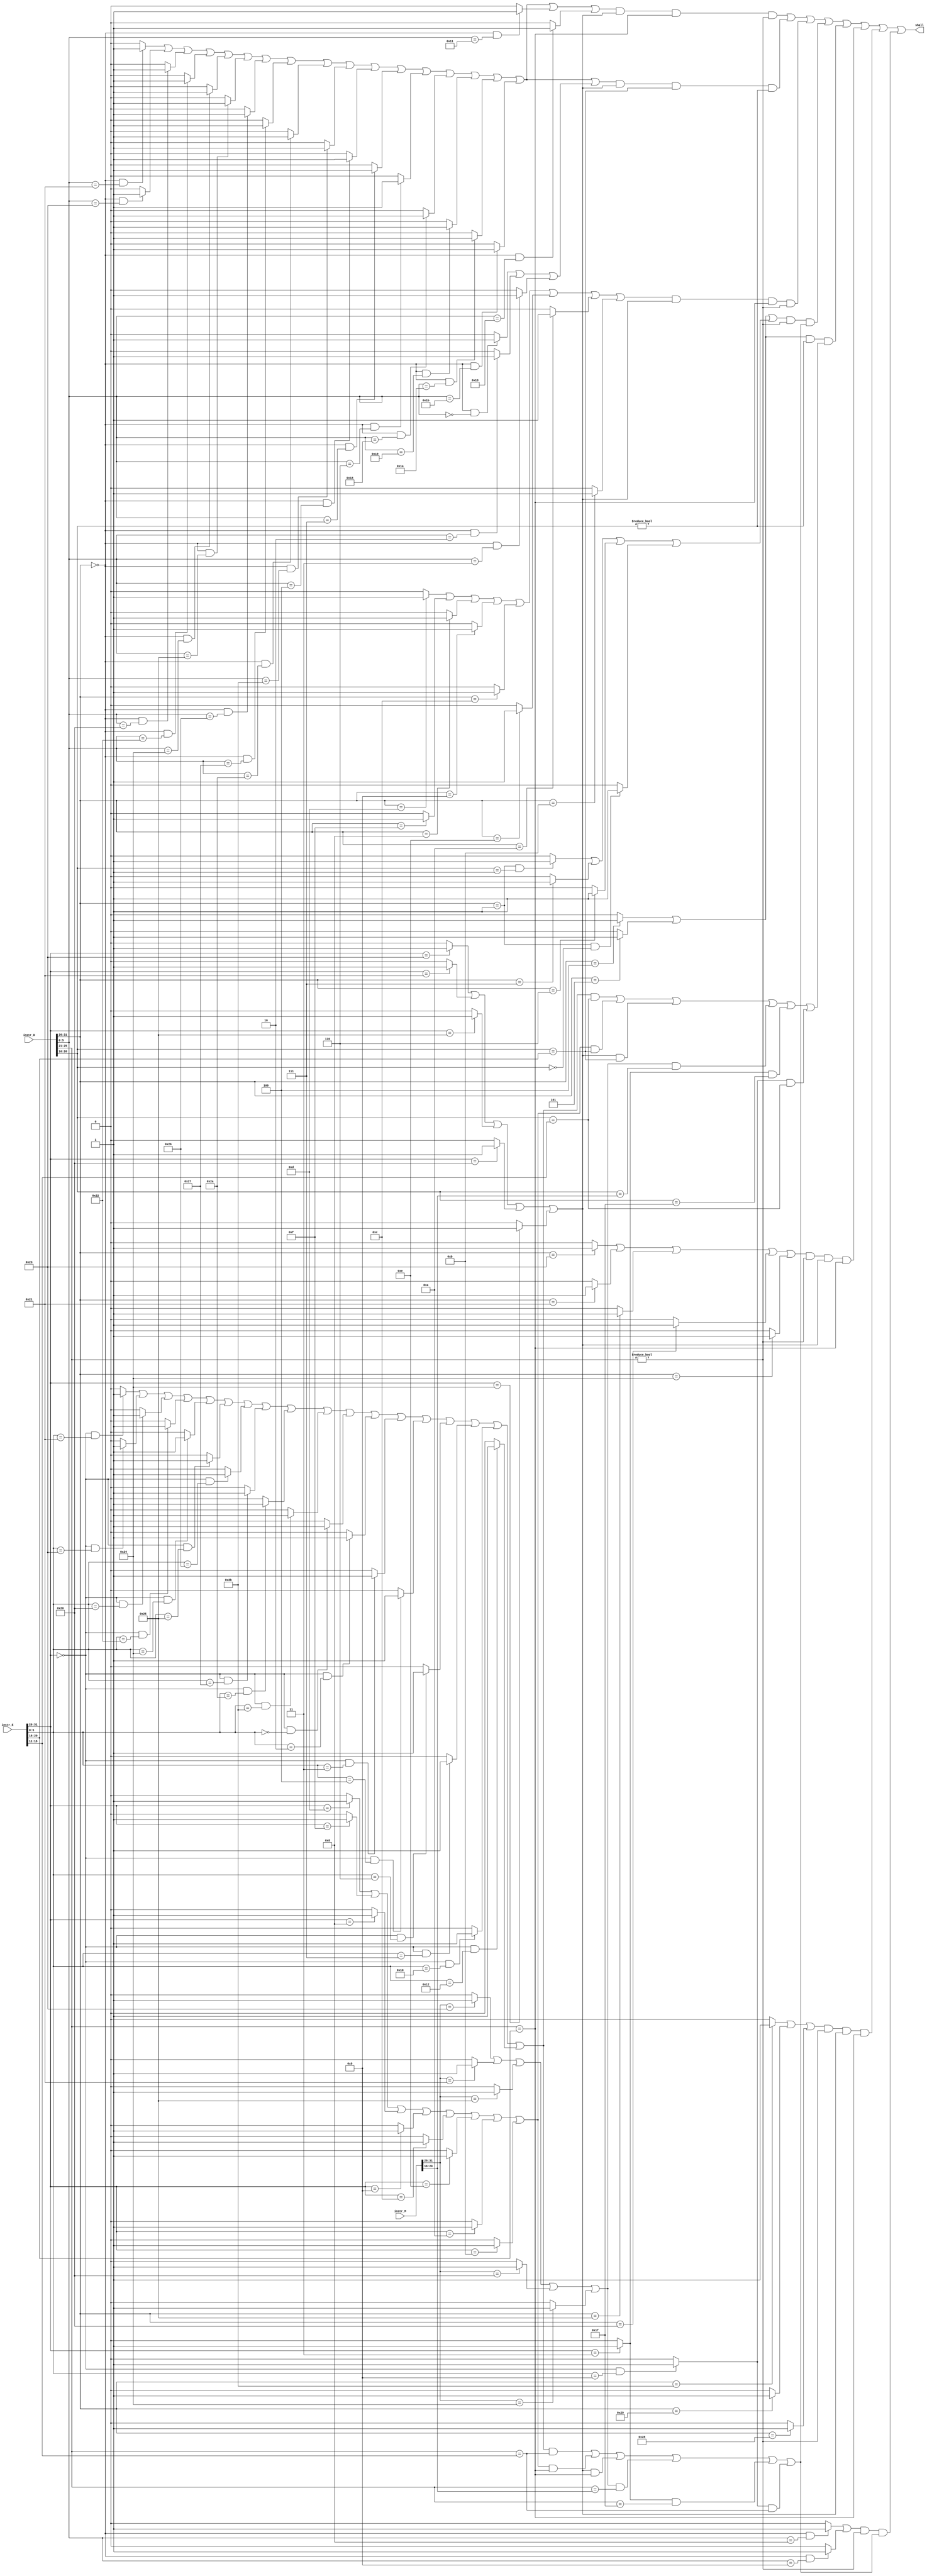
`timescale 1ns / 1ps
//////////////////////////////////////////////////////////////////////////////////
// Company: 
// Engineer: 
// 
// Design Name: 
// Module Name:    Stall 
// Project Name: 
// Target Devices: 
// Tool versions: 
// Description: 
//
// Dependencies: 
//
// Revision: 
// Revision 0.01 - File Created
// Additional Comments: 
//
//////////////////////////////////////////////////////////////////////////////////
`define op 31:26
`define func 5:0
`define rs 25:21
`define rt 20:16
`define rd 15:11

module Stall(
	 input [31:0] instr_D,
	 input [31:0] instr_E,
	 input [31:0] instr_M,
	 output shall
    );
	 
	 wire addu_D,subu_D,add_D,sub_D,sll_D,srl_D,sra_D,sllv_D,srlv_D,srav_D,AND_D,OR_D,XOR_D,NOR_D,slt_D,sltu_D;
	 wire ori_D,lui_D,addi_D,addiu_D,andi_D,xori_D,slti_D,sltiu_D;
	 wire lw_D,sw_D,sh_D,sb_D,lh_D,lhu_D,lb_D,lbu_D;
	 wire jr_D,jalr_D;
	 wire beq_D,bne_D,bgez_D,bgtz_D,blez_D,bltz_D;
	 wire mult_D,multu_D,div_D,divu_D,mthi_D,mtlo_D;
	 
	 wire addu_E,subu_E,add_E,sub_E,sll_E,srl_E,sra_E,sllv_E,srlv_E,srav_E,AND_E,OR_E,XOR_E,NOR_E,slt_E,sltu_E;
	 wire ori_E,lui_E,addi_E,addiu_E,andi_E,xori_E,slti_E,sltiu_E;
	 wire lw_E,lh_E,lhu_E,lb_E,lbu_E;
	 wire jal_E,jalr_E;
	 wire mfhi_E,mflo_E;
	
	 wire lw_M,lh_M,lhu_M,lb_M,lbu_M;
	 ////
	 assign addu_D=((instr_D[`op]==6'b0)&&(instr_D[`func]==6'b100001))?1'b1:1'b0;
	 assign subu_D=((instr_D[`op]==6'b0)&&(instr_D[`func]==6'b100011))?1'b1:1'b0;
	 assign add_D=((instr_D[`op]==6'b0)&&(instr_D[`func]==6'b100000))?1'b1:1'b0;
	 assign sub_D=((instr_D[`op]==6'b0)&&(instr_D[`func]==6'b100010))?1'b1:1'b0;
	 assign sll_D=((instr_D[`op]==6'b0)&&(instr_D[`func]==6'b000000))?1'b1:1'b0;
	 assign srl_D=((instr_D[`op]==6'b0)&&(instr_D[`func]==6'b000010))?1'b1:1'b0;
	 assign sra_D=((instr_D[`op]==6'b0)&&(instr_D[`func]==6'b000011))?1'b1:1'b0;
	 assign sllv_D=((instr_D[`op]==6'b0)&&(instr_D[`func]==6'b000100))?1'b1:1'b0;
	 assign srlv_D=((instr_D[`op]==6'b0)&&(instr_D[`func]==6'b000110))?1'b1:1'b0;
	 assign srav_D=((instr_D[`op]==6'b0)&&(instr_D[`func]==6'b000111))?1'b1:1'b0;
	 assign AND_D=((instr_D[`op]==6'b0)&&(instr_D[`func]==6'b100100))?1'b1:1'b0;
	 assign OR_D=((instr_D[`op]==6'b0)&&(instr_D[`func]==6'b100101))?1'b1:1'b0;
	 assign XOR_D=((instr_D[`op]==6'b0)&&(instr_D[`func]==6'b100110))?1'b1:1'b0;
	 assign NOR_D=((instr_D[`op]==6'b0)&&(instr_D[`func]==6'b100111))?1'b1:1'b0;
	 assign slt_D=((instr_D[`op]==6'b0)&&(instr_D[`func]==6'b101010))?1'b1:1'b0;
	 assign sltu_D=((instr_D[`op]==6'b0)&&(instr_D[`func]==6'b101011))?1'b1:1'b0;

	 assign ori_D=(instr_D[`op]==6'b001101)?1'b1:1'b0;
	 assign lui_D=(instr_D[`op]==6'b001111)?1'b1:1'b0;
	 assign addi_D=(instr_D[`op]==6'b001000)?1'b1:1'b0;
	 assign addiu_D=(instr_D[`op]==6'b001001)?1'b1:1'b0;
	 assign andi_D=(instr_D[`op]==6'b001100)?1'b1:1'b0;
	 assign xori_D=(instr_D[`op]==6'b001110)?1'b1:1'b0;
	 assign slti_D=(instr_D[`op]==6'b001010)?1'b1:1'b0;
	 assign sltiu_D=(instr_D[`op]==6'b001011)?1'b1:1'b0;
	 
	 assign jr_D=((instr_D[`op]==6'b0)&&(instr_D[`func]==6'b001000))?1'b1:1'b0;
	 assign jalr_D=((instr_D[`op]==6'b0)&&(instr_D[`func]==6'b001001))?1'b1:1'b0;

	 assign lw_D=(instr_D[`op]==6'b100011)?1'b1:1'b0;
	 assign sw_D=(instr_D[`op]==6'b101011)?1'b1:1'b0;
	 assign sh_D=(instr_D[`op]==6'b101001)?1'b1:1'b0;
	 assign sb_D=(instr_D[`op]==6'b101000)?1'b1:1'b0;
	 assign lh_D=(instr_D[`op]==6'b100001)?1'b1:1'b0;
	 assign lhu_D=(instr_D[`op]==6'b100101)?1'b1:1'b0;
	 assign lb_D=(instr_D[`op]==6'b100000)?1'b1:1'b0;
	 assign lbu_D=(instr_D[`op]==6'b100100)?1'b1:1'b0;
	 
	 assign beq_D=(instr_D[`op]==6'b000100)?1'b1:1'b0;
	 assign bne_D=(instr_D[`op]==6'b000101)?1'b1:1'b0;
	 assign bgez_D=((instr_D[`op]==6'b000001)&&(instr_D[20:16]==5'b00001))?1'b1:1'b0;
	 assign bgtz_D=(instr_D[`op]==6'b000111)?1'b1:1'b0;
	 assign blez_D=(instr_D[`op]==6'b000110)?1'b1:1'b0;
	 assign bltz_D=((instr_D[`op]==6'b000001)&&(instr_D[20:16]==5'b00000))?1'b1:1'b0;

    assign mult_D=((instr_D[`op]==6'b0)&&(instr_D[`func]==6'b011000))?1'b1:1'b0;
	 assign multu_D=((instr_D[`op]==6'b0)&&(instr_D[`func]==6'b011001))?1'b1:1'b0;
	 assign div_D=((instr_D[`op]==6'b0)&&(instr_D[`func]==6'b011010))?1'b1:1'b0;
	 assign divu_D=((instr_D[`op]==6'b0)&&(instr_D[`func]==6'b011011))?1'b1:1'b0;
	 assign mfhi_D=((instr_D[`op]==6'b0)&&(instr_D[`func]==6'b010000))?1'b1:1'b0;
	 assign mflo_D=((instr_D[`op]==6'b0)&&(instr_D[`func]==6'b010010))?1'b1:1'b0;
	 assign mthi_D=((instr_D[`op]==6'b0)&&(instr_D[`func]==6'b010001))?1'b1:1'b0;
	 assign mtlo_D=((instr_D[`op]==6'b0)&&(instr_D[`func]==6'b010011))?1'b1:1'b0;	 
////////////////////////////////////////////////////////////////////////////////////	 
	 assign addu_E=((instr_E[`op]==6'b0)&&(instr_E[`func]==6'b100001))?1'b1:1'b0;
	 assign subu_E=((instr_E[`op]==6'b0)&&(instr_E[`func]==6'b100011))?1'b1:1'b0;
	 assign add_E=((instr_E[`op]==6'b0)&&(instr_E[`func]==6'b100000))?1'b1:1'b0;
	 assign sub_E=((instr_E[`op]==6'b0)&&(instr_E[`func]==6'b100010))?1'b1:1'b0;
	 assign sll_E=((instr_E[`op]==6'b0)&&(instr_E[`func]==6'b000000))?1'b1:1'b0;
	 assign srl_E=((instr_E[`op]==6'b0)&&(instr_E[`func]==6'b000010))?1'b1:1'b0;
	 assign sra_E=((instr_E[`op]==6'b0)&&(instr_E[`func]==6'b000011))?1'b1:1'b0;
	 assign sllv_E=((instr_E[`op]==6'b0)&&(instr_E[`func]==6'b000100))?1'b1:1'b0;
	 assign srlv_E=((instr_E[`op]==6'b0)&&(instr_E[`func]==6'b000110))?1'b1:1'b0;
	 assign srav_E=((instr_E[`op]==6'b0)&&(instr_E[`func]==6'b000111))?1'b1:1'b0;
	 assign AND_E=((instr_E[`op]==6'b0)&&(instr_E[`func]==6'b100100))?1'b1:1'b0;
	 assign OR_E=((instr_E[`op]==6'b0)&&(instr_E[`func]==6'b100101))?1'b1:1'b0;
	 assign XOR_E=((instr_E[`op]==6'b0)&&(instr_E[`func]==6'b100110))?1'b1:1'b0;
	 assign NOR_E=((instr_E[`op]==6'b0)&&(instr_E[`func]==6'b100111))?1'b1:1'b0; 
	 assign slt_E=((instr_E[`op]==6'b0)&&(instr_E[`func]==6'b101010))?1'b1:1'b0;
	 assign sltu_E=((instr_E[`op]==6'b0)&&(instr_E[`func]==6'b101011))?1'b1:1'b0;
	 
	 assign ori_E=(instr_E[`op]==6'b001101)?1'b1:1'b0;
	 assign lui_E=(instr_E[`op]==6'b001111)?1'b1:1'b0;
	 assign addi_E=(instr_E[`op]==6'b001000)?1'b1:1'b0;
	 assign addiu_E=(instr_E[`op]==6'b001001)?1'b1:1'b0;
	 assign andi_E=(instr_E[`op]==6'b001100)?1'b1:1'b0;
	 assign xori_E=(instr_E[`op]==6'b001110)?1'b1:1'b0;
	 assign slti_E=(instr_E[`op]==6'b001010)?1'b1:1'b0;
	 assign sltiu_E=(instr_E[`op]==6'b001011)?1'b1:1'b0;

	 assign jal_E=(instr_E[`op]==6'b000011)?1'b1:1'b0;
	 assign jalr_E=((instr_E[`op]==6'b0)&&(instr_E[`func]==6'b001001))?1'b1:1'b0;

	 assign lw_E=(instr_E[`op]==6'b100011)?1'b1:1'b0;
	 assign lh_E=(instr_E[`op]==6'b100001)?1'b1:1'b0;
	 assign lhu_E=(instr_E[`op]==6'b100101)?1'b1:1'b0;
	 assign lb_E=(instr_E[`op]==6'b100000)?1'b1:1'b0;
	 assign lbu_E=(instr_E[`op]==6'b100100)?1'b1:1'b0;
	 
	 assign mfhi_E=((instr_E[`op]==6'b0)&&(instr_E[`func]==6'b010000))?1'b1:1'b0;
	 assign mflo_E=((instr_E[`op]==6'b0)&&(instr_E[`func]==6'b010010))?1'b1:1'b0;	 
/////////////////////////////////////////////////////////////////////////////////////////
	 assign lw_M=(instr_M[`op]==6'b100011)?1'b1:1'b0;
	 assign lh_M=(instr_M[`op]==6'b100001)?1'b1:1'b0;
	 assign lhu_M=(instr_M[`op]==6'b100101)?1'b1:1'b0;
	 assign lb_M=(instr_M[`op]==6'b100000)?1'b1:1'b0;
	 assign lbu_M=(instr_M[`op]==6'b100100)?1'b1:1'b0;	 
/////////////////////////////////////////////////////
	 wire cal_r_D,cal_i_D,b_D,ld_D,st_D,jr_type_D,sll_type_D,brs_D;
	 wire cal_r_E,cal_i_E,ld_E,jal_type_E;
	 wire ld_M;

	 assign cal_r_D=addu_D|subu_D|add_D|sub_D|AND_D|OR_D|XOR_D|NOR_D|slt_D|sltu_D|sllv_D|srav_D|srlv_D|
	                mult_D|multu_D|div_D|divu_D;
	 assign cal_i_D=ori_D|lui_D|addi_D|addiu_D|andi_D|xori_D|slti_D|sltiu_D;
	 assign b_D=beq_D|bne_D;
	 assign ld_D=lw_D|lh_D|lhu_D|lb_D|lbu_D;
	 assign st_D=sw_D|sh_D|sb_D;
	 assign jr_type_D=jr_D|jalr_D;
	 assign sll_type_D=sll_D|srl_D|sra_D;
	 assign brs_D=bgez_D|bgtz_D|blez_D|bltz_D;
	 
	 assign cal_r_E=addu_E|subu_E|add_E|sub_E|AND_E|OR_E|XOR_E|NOR_E|slt_E|sltu_E|sll_E|srl_E|sra_E|sllv_E|srlv_E|srav_E|
	                mfhi_E|mflo_E;
	 assign cal_i_E=ori_E|lui_E|addi_E|addiu_E|andi_E|xori_E|slti_E|sltiu_E;
	 assign ld_E=lw_E|lh_E|lhu_E|lb_E|lbu_E;
	 assign jal_type_E=jal_E;
	 
	 assign ld_M=lw_M|lh_M|lhu_M|lb_M|lbu_M;
/////////////////////////////////////////////////////////	 
	 wire shall_cal_r_rs;
	 wire shall_cal_r_rt;
	 wire shall_cal_i;
	 wire shall_b_rs;
	 wire shall_b_rt;
	 wire shall_ld;
	 wire shall_st;
	 wire shall_jr_type;
	 
	 
	 assign shall_cal_r_rs=(cal_r_D|mthi_D|mtlo_D)&ld_E&(instr_D[`rs]==instr_E[`rt])&(instr_D[`rs]!=5'b0);
	 assign shall_cal_r_rt=(cal_r_D|sll_type_D)&ld_E&(instr_D[`rt]==instr_E[`rt])&(instr_D[`rt]!=5'b0);
	 assign shall_cal_i=cal_i_D&ld_E&(instr_D[`rs]==instr_E[`rt])&(instr_D[`rs]!=5'b0);
	 assign shall_b_rs=(b_D|brs_D)&(instr_D[`rs]!=5'b0)&((cal_r_E&(instr_D[`rs]==instr_E[`rd]))
															  |(cal_i_E&(instr_D[`rs]==instr_E[`rt]))
															  |(ld_E&(instr_D[`rs]==instr_E[`rt]))
															  |(ld_M&(instr_D[`rs]==instr_M[`rt]))
															  |(jal_type_E&(instr_D[`rs]==5'b11111))
															  |(jalr_E&(instr_D[`rs]==instr_E[`rd])));
	 assign shall_b_rt=b_D&(instr_D[`rt]!=5'b0)&((cal_r_E&(instr_D[`rt]==instr_E[`rd]))
															  |(cal_i_E&(instr_D[`rt]==instr_E[`rt]))
															  |(ld_E&(instr_D[`rt]==instr_E[`rt]))
															  |(ld_M&(instr_D[`rt]==instr_M[`rt]))
															  |(jal_type_E&(instr_D[`rt]==5'b11111))
															  |(jalr_E&(instr_D[`rt]==instr_E[`rd])));
	 assign shall_ld=ld_D&(instr_D[`rs]!=5'b0)&ld_E&(instr_D[`rs]==instr_E[`rt]);
	 assign shall_st=st_D&(instr_D[`rs]!=5'b0)&ld_E&(instr_D[`rs]==instr_E[`rt]);
	 assign shall_jr_type=jr_type_D&(instr_D[`rs]!=5'b0)&((cal_r_E&(instr_D[`rs]==instr_E[`rd]))
																		  |(cal_i_E&(instr_D[`rs]==instr_E[`rt]))
																		  |(ld_E&(instr_D[`rs]==instr_E[`rt]))
																		  |(ld_M&(instr_D[`rs]==instr_M[`rt]))
																		  |(jal_type_E&(instr_D[`rs]==5'b11111))
																		  |(jalr_E&(instr_D[`rs]==instr_E[`rd])));
	 
	 
	 
	 assign shall=shall_cal_r_rs|shall_cal_r_rt|shall_cal_i|shall_b_rs|shall_b_rt|shall_ld|shall_st|shall_jr_type;
	 
	 

endmodule